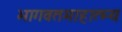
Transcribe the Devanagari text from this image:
भागवतमाहात्म्य